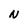
Character: N